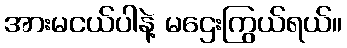
အားမငယ်ပါနဲ့ မဌေးကြွယ်ရယ်။